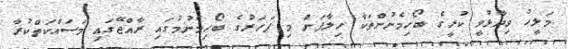
މަލީހު ވިދާޅުވީ ކުރީގެ ބޯހިމެނުންތަކާ ހިލާފަށް މި ފަހަރުގެ ބޯހިމެނުމުގައި ރާއްޖޭގައި މަސައްކަތްކުރާ